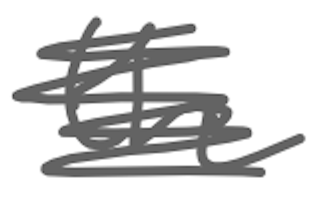
Text: the
Cross-out: scratch
Writing tool: digital_gray